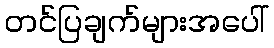
တင်ပြချက်များအပေါ်